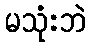
မသုံးဘဲ